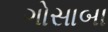
ગોસાબા